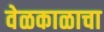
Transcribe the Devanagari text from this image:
वेळकाळाचा